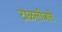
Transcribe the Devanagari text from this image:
टाळलीजाते